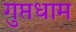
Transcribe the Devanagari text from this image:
गुप्तधाम